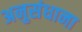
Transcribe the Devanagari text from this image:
अनुसंधाना